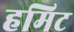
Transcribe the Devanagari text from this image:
हमिट